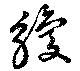
觼